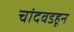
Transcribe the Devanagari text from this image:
चांदवडहून